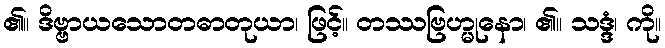
၏။ ဒိဗ္ဗာယသောတဓာတုယာ၊ ဖြင့်။ တဿဗြဟ္မုနော၊ ၏။ သဒ္ဒံ၊ ကို။